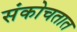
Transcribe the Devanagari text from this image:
संकोचतात